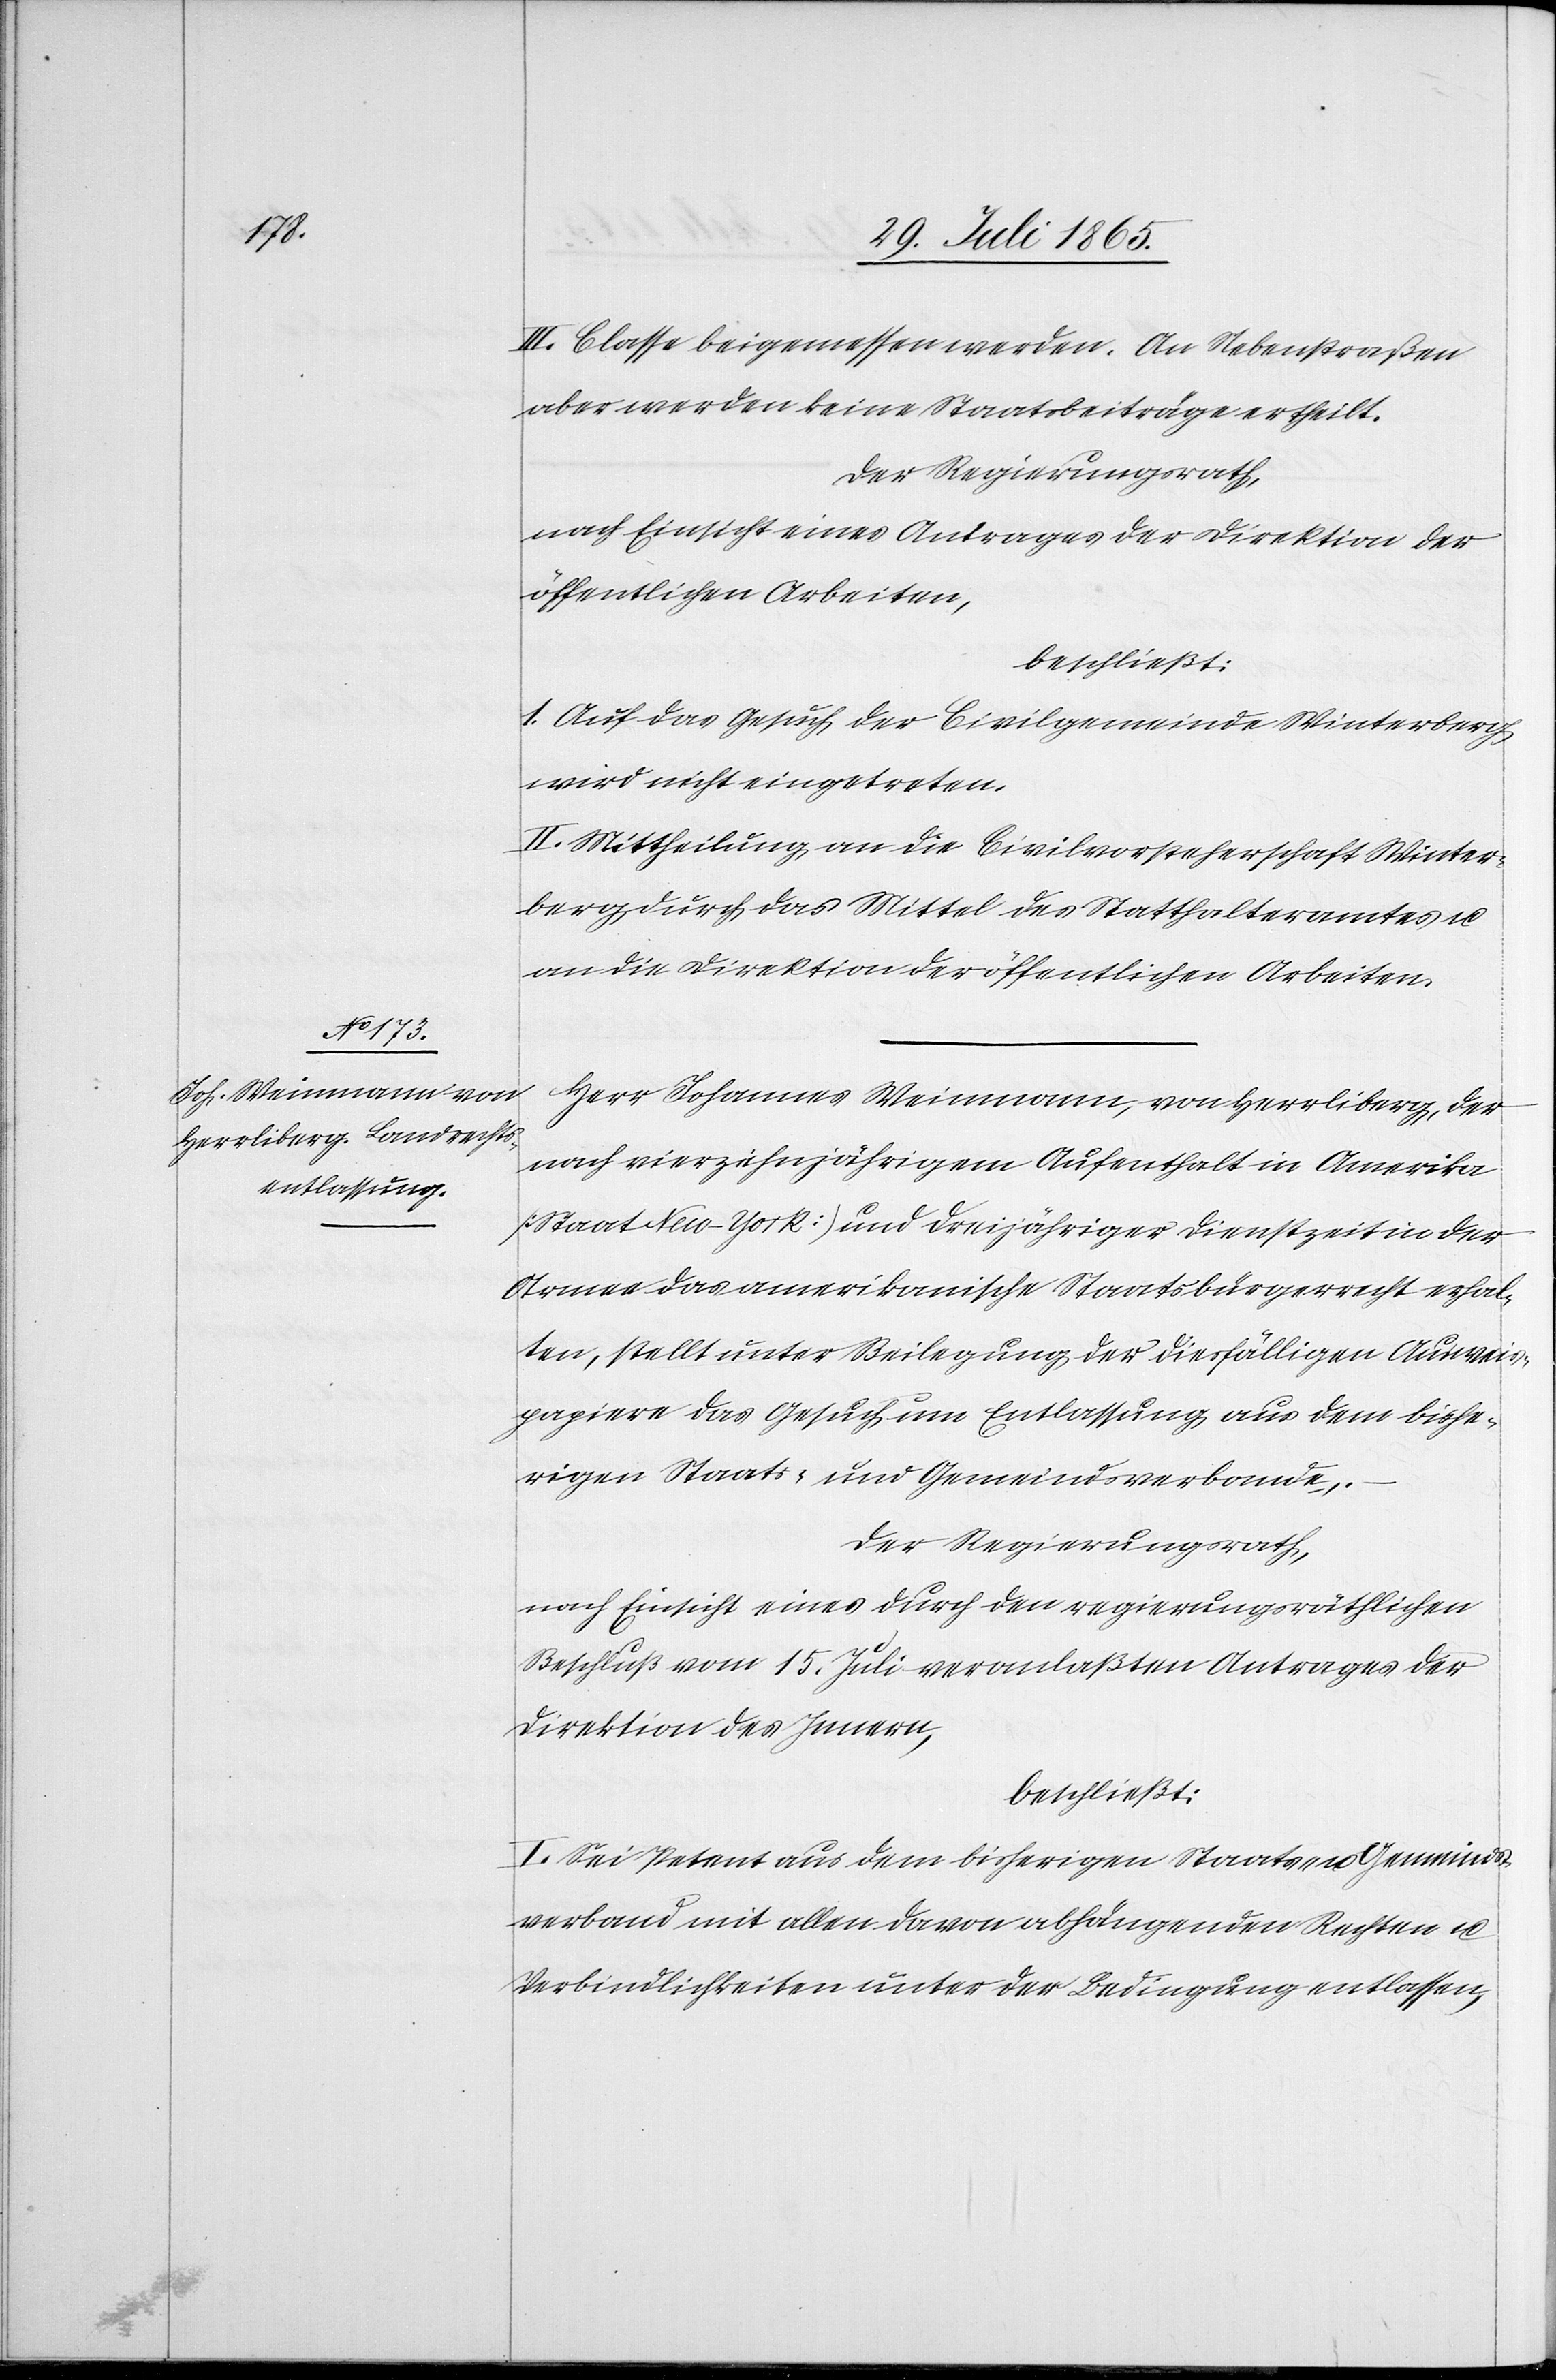
III. Classe beigemessen werden. An Nebenstraßen
aber werden keine Staatsbeiträge ertheilt.
Der Regierungsrath,
nach Einsicht eines Antrages der Direktion der
öffentlichen Arbeiten,
beschließt:
1. Auf das Gesuch der Civilgemeinde Winterberg
wird nicht eingetreten.
II. Mittheilung an die Civilvorsteherschaft Winter¬
berg durch das Mittel des Statthalteramtes u.
an die Direktion der öffentlichen Arbeiten.
Herr Johannes Weinmann, von Herrliberg, der
nach vierzehnjährigem Aufenthalt in Amerika
[Staat New-York] und dreijähriger Dienstzeit in der
Armee das amerikanische Staatsbürgerrecht erhal¬
ten, stellt unter Beilegung der diesfälligen Ausweis¬
papiere das Gesuch um Entlassung aus dem bishe¬
rigen Staats- und Gemeindsverbande.
Der Regierungsrath,
nach Einsicht eines durch den regierungsräthlichen
Beschluß vom 15. Juli veranlaßten Antrages der
Direktion des Innern,
beschließt:
I. Sei Petent aus dem bisherigen Staats- u. Gemeinds¬
verband mit allen davon abhängenden Rechten u.
Verbindlichkeiten unter der Bedingung entlassen,